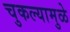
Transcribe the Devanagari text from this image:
चुकल्यामुळे